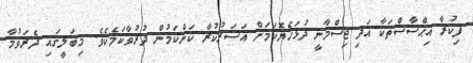
ފިކުރާ އިޙްސާސްތަކާ އަދި ޖިސްމާނީ ދުޅަހެޔޮކަމަށް އަސަރުކުރާ ކަންކަމުން ދުރުވާކަމެކެވެ. މިބަލީގައި ދެރަވުމާ